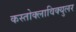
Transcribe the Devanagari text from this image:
कस्तोक्लाविक्युलर